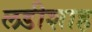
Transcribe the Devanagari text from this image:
लडीशाह